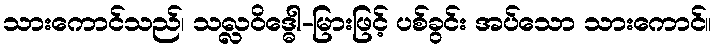
သားကောင်သည်၊ သလ္လဝိဒ္ဓေါ-မြားဖြင့် ပစ်ခွင်း အပ်သော သားကောင်။